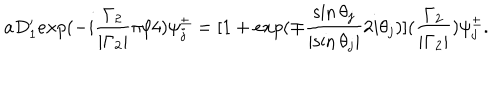
LaTeX: a D _ { 1 } ^ { \prime } e x p ( - i \frac { { \Gamma } _ { 2 } } { | { \Gamma } _ { 2 } | } { \pi } / 4 ) { \psi } _ { j } ^ { \pm } = [ 1 + e x p ( { \mp } \frac { \sin { \theta } _ { j } } { | { \sin \theta } _ { j } | } 2 i { \theta } _ { j } ) ] ( \frac { { \Gamma } _ { 2 } } { | { \Gamma } _ { 2 } | } ) { \psi } _ { j } ^ { \pm } .